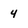
Character: 4